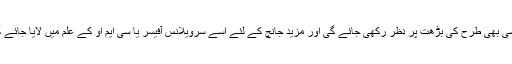
کسی بھی طرح کی بڑھت پر نظر رکھی جائے گی اور مزید جانچ کے لئے اسے سرویلانس آفیسر یا سی ایم او کے علم میں لایا جائے گا۔